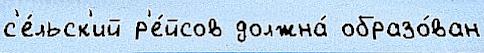
с'е́льск'ий р'е́йсов должна́ образо́ван